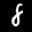
Label: 8